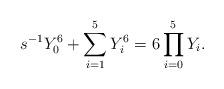
LaTeX: \begin{align*}s^{-1}Y_0^6 +\sum_{i=1}^5 Y_i^6= 6 \prod_{i=0}^5 Y_i.\end{align*}